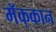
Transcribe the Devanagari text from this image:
मॅक्‌कान